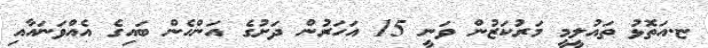
ޏ.އަތޮޅު ތައުލީމީ މަރުކަޒުން ވަނީ 15 އަހަރުން ދަށުގެ އަންހެން ބައިގެ އެއްވަނައާއި